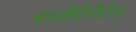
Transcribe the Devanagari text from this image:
फ़्लोरिनेटेड